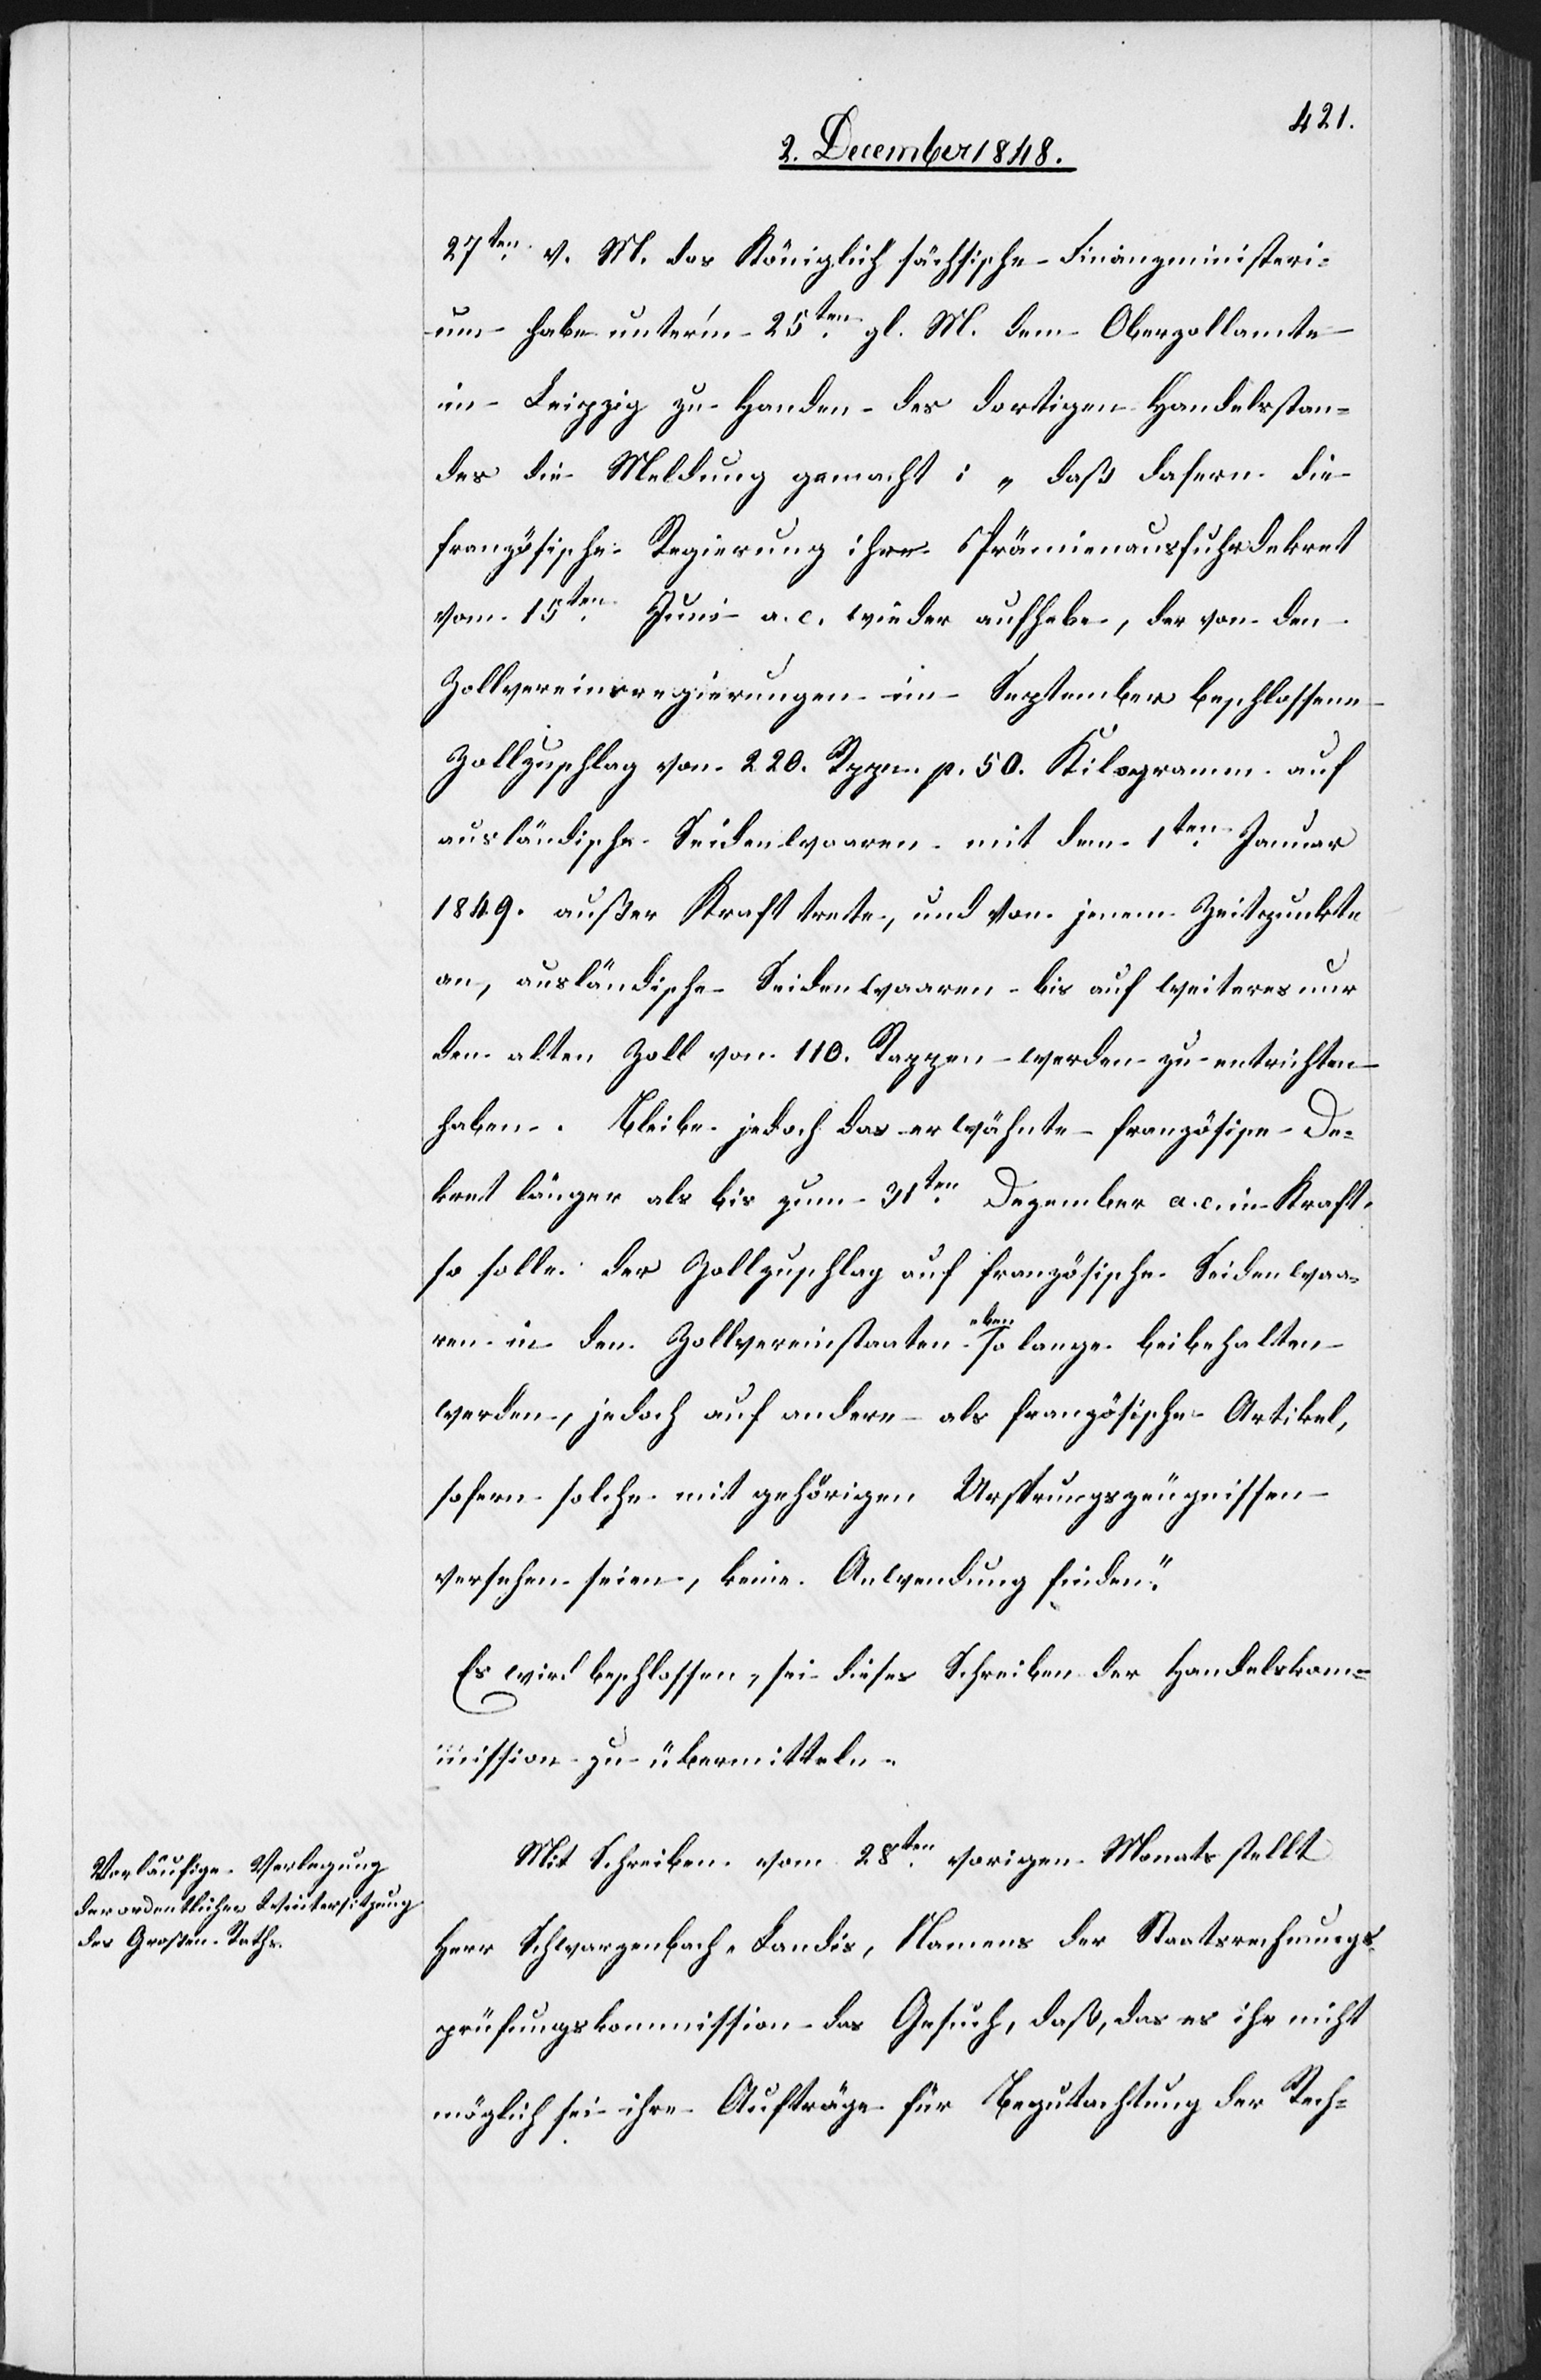
27ten v. M. das Königlich sächsische Finanzministeri¬
um habe unter’m 25ten gl. M. dem Oberzollamte
in Leipzig zu Handen des dortigen Handelsstan¬
des die Meldung gemacht: „daß dafern die
französische Regierung ihr Prämienausfuhrdekret
vom 15ten Juni a. c. wieder aufhebe, der von den
Zollvereinsregierungen im September beschlossene
Zollzuschlag von 220. Rppn. p. 50. Kilogramm auf
ausländische Seidenwaaren mit dem 1ten Januar
1849. außer Kraft trete, und von jenem Zeitpunkte
an, ausländische Seidenwaaren bis auf weiteres nur
den alten Zoll von 110. Rappen werden zu entrichten
haben. Bleibe jedoch das erwähnte französische De¬
kret länger als bis zum 31ten Dezember a. c. in Kraft
so solle der Zollzuschlag auf französische Seidenwaa¬
ren in den Zollvereinstaaten eben so lange beibehalten
werden, jedoch auf andere als französische Artikel,
sofern solche mit gehörigen Ursprungszeugnissen
versehen seien, keine Anwendung finden.“
Es wird beschlossen, sei dieses Schreiben der Handelskom¬
mission zu übermitteln.
Mit Schreiben vom 28ten vorigen Monats stellt
Herr Schwarzenbach-Landis, Namens der Staatsrechnungs¬
prüfungskommission das Gesuch, daß, das [sic!] es ihr nicht
möglich sei ihre Aufträge für Begutachtung der Rech-